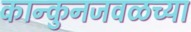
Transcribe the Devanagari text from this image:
कान्कुनजवळच्या